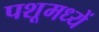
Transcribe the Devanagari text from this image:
पशूमध्यें